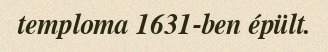
temploma 1631-ben épült.